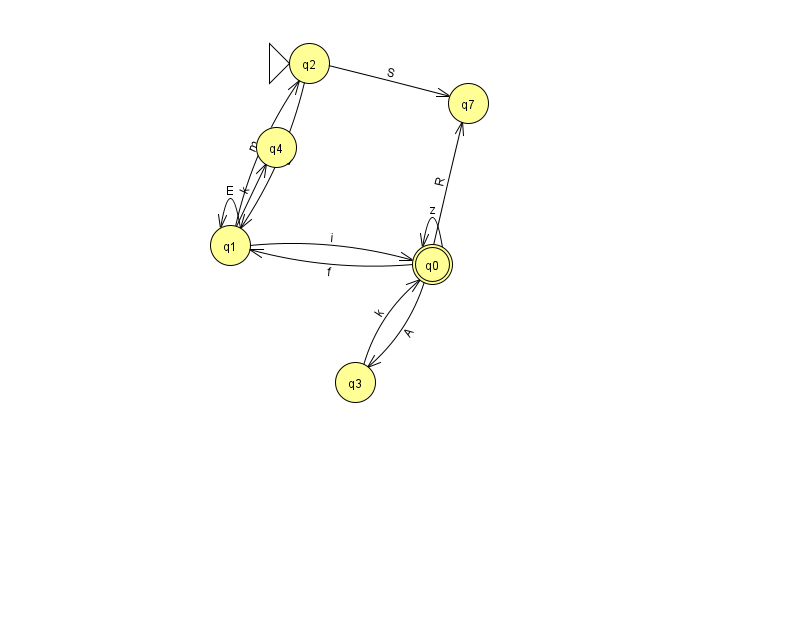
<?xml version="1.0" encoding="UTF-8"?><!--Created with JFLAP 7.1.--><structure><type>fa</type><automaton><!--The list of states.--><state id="0" name="q0"><x>432.0</x><y>251.0</y><final/></state><state id="1" name="q1"><x>230.0</x><y>232.0</y></state><state id="2" name="q2"><x>309.0</x><y>50.0</y><initial/></state><state id="3" name="q3"><x>355.0</x><y>369.0</y></state><state id="4" name="q4"><x>276.0</x><y>134.0</y></state><state id="7" name="q7"><x>468.0</x><y>90.0</y></state><!--The list of transitions.--><transition><from>2</from><to>1</to><read>L</read></transition><transition><from>3</from><to>0</to><read>k</read></transition><transition><from>1</from><to>2</to><read>m</read></transition><transition><from>1</from><to>1</to><read>E</read></transition><transition><from>0</from><to>7</to><read>R</read></transition><transition><from>0</from><to>1</to><read>f</read></transition><transition><from>1</from><to>4</to><read>k</read></transition><transition><from>0</from><to>3</to><read>A</read></transition><transition><from>1</from><to>0</to><read>i</read></transition><transition><from>2</from><to>7</to><read>S</read></transition><transition><from>0</from><to>0</to><read>z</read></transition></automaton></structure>